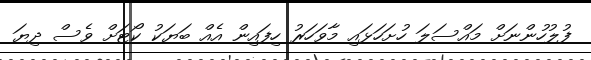
ފުލުހުންނަށް މައްސަލަ ހުށަހަޅައި މާވަހަރު ހިފައިން އެއް ބަޔަކު ކޯޓަށް ވެސް ދިޔަ